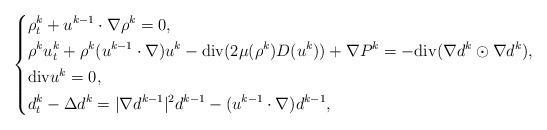
\begin{align*}\left\{\begin{aligned}&\rho_t^k+u^{k-1}\cdot \nabla \rho^k=0,\\&\rho^k u^k_t+\rho^k (u^{k-1}\cdot \nabla)u^k- {\rm div}(2\mu(\rho^k)D(u^k))+\nabla P^k=-{\rm div}(\nabla d^k \odot \nabla d^k ),\\&{\rm div}u^k=0,\\&d^k_t-\Delta d^k=|\nabla d^{k-1}|^2 d^{k-1}-(u^{k-1}\cdot \nabla)d^{k-1},\end{aligned}\right.\end{align*}